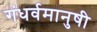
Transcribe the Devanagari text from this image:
गंधर्वमानुषी